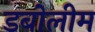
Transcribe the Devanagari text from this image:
डबोलीम